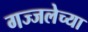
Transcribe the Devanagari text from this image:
गज्जलेच्या